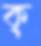
ক্